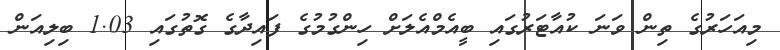
މިއަހަރުގެ ތިން ވަނަ ކުއާޓަރުގައި ބީއެމްއެލަށް ހިންގުމުގެ ފައިދާގެ ގޮތުގައި 1.03 ބިލިއަން